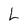
Character: L